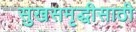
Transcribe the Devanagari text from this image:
सुखसमृद्धीसाठी